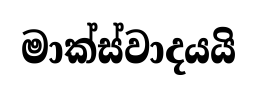
මාක්ස්වාදයයි